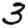
Digit: 3